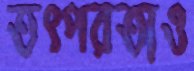
তৎপরতাও